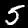
Label: 5